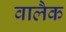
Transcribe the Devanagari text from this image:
वालैक